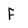
Character: F